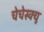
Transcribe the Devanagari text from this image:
चेचेस्क्यू